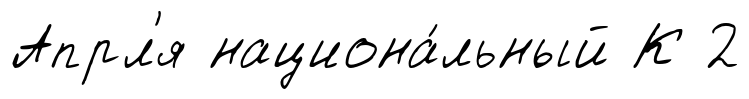
Апрл'я национа́льный К 2